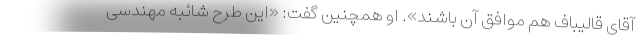
آقای قالیباف هم موافق آن باشند». او همچنین گفت: «این طرح شائبه مهندسی